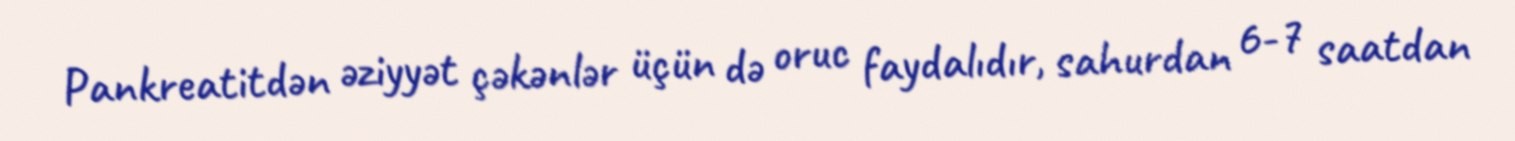
Pankreatitdən əziyyət çəkənlər üçün də oruc faydalıdır, sahurdan 6-7 saatdan